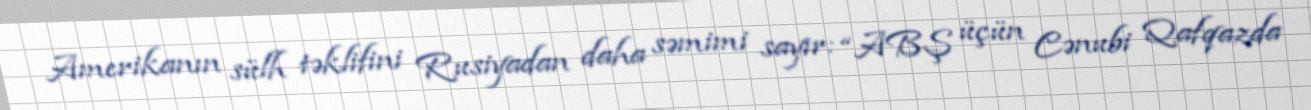
Amerikanın sülh təklifini Rusiyadan daha səmimi sayır: “ABŞ üçün Cənubi Qafqazda